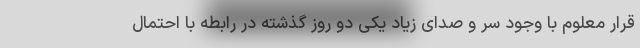
قرار معلوم با وجود سر و صدای زیاد یکی دو روز گذشته در رابطه با احتمال